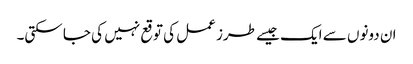
ان دونوں سے ایک جیسے طرز عمل کی توقع نہیں کی جا سکتی۔